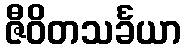
ဇီဝိတသင်္ခယာ